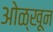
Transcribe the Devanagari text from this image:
ओळ्खून